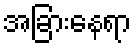
အခြားနေရာ